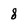
Character: 8